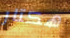
هكتار